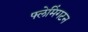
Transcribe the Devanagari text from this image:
फ्लेमिंगटन